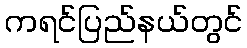
ကရင်ပြည်နယ်တွင်